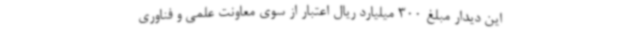
این دیدار مبلغ 300 میلیارد ریال اعتبار از سوی معاونت علمی و فناوری